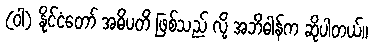
(ဝါ) နိုင်ငံတော် အဓိပတိ ဖြစ်သည် လို့ အဘိဓါန်က ဆိုပါတယ်။